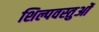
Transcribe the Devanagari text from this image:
शिल्पवस्तुओं